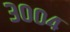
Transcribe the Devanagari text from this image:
३००४